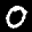
Label: 0